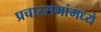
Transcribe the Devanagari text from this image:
प्रचारसभांमध्ये